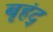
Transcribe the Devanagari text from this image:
बृहंद्